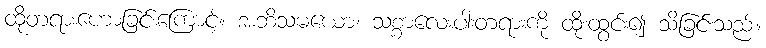
ထိုတရားဟောခြင်းကြောင့်။ အဘိသမယော၊ သစ္စာလေးပါးတရားကို ထိုးထွင်း၍ သိခြင်းသည်။